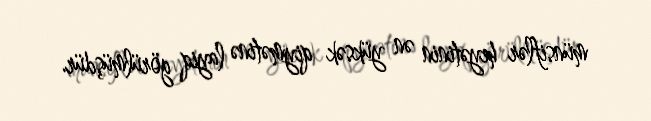
münsiflər heyətinin ən yüksək qiymətinə layiq görülmüşdür.